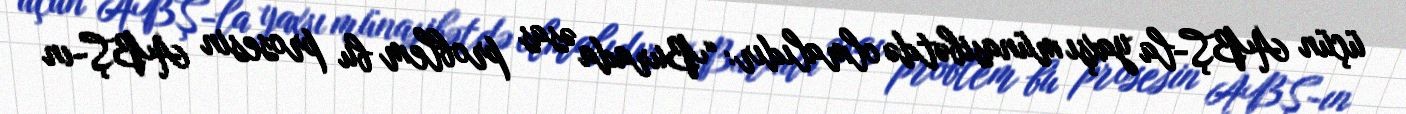
üçün ABŞ-la yaxşı münasibətdə olmalıdır: “Burada əsas problem bu prosesin ABŞ-ın